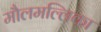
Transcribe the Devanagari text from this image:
मौलमल्लिका